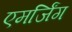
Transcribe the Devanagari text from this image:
एमर्जिंग